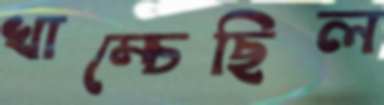
খাম্‌চেছিল